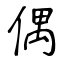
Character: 偶